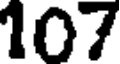
107